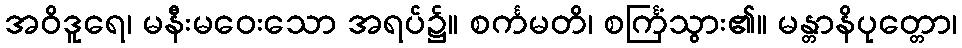
အဝိဒူရေ၊ မနီးမဝေးသော အရပ်၌။ စင်္ကမတိ၊ စင်္ကြံသွား၏။ မန္တာနိပုတ္တော၊